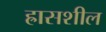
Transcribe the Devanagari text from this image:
ह्रासशील